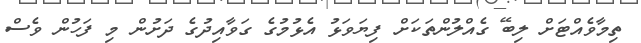
ތިމާވެއްޓަށް ލިބޭ ގެއްލުންތަކަށް ފިޔަވަޅު އެޅުމުގެ ގަވާއިދުގެ ދަށުން މި ފަހުން ވެސް